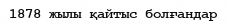
1878 жылы қайтыс болғандар